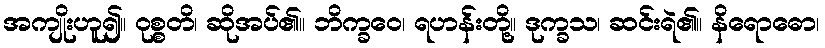
အကျိုးဟူ၍။ ဝုစ္စတိ၊ ဆိုအပ်၏။ ဘိက္ခဝေ၊ ရဟန်းတို့။ ဒုက္ခသ၊ ဆင်းရဲ၏။ နိရောဓော၊